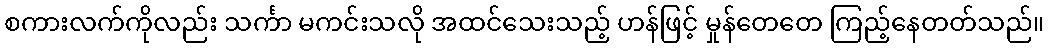
စကားလက်ကိုလည်း သင်္ကာ မကင်းသလို အထင်သေးသည့် ဟန်ဖြင့် မှုန်တေတေ ကြည့်နေတတ်သည်။